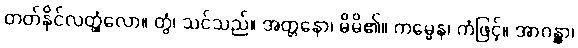
တတ်နိုင်လတ္တံ့လော။ တွံ၊ သင်သည်။ အတ္တနော၊ မိမိ၏။ ကမ္မေန၊ ကံဖြင့်။ အာဂန္တွာ၊